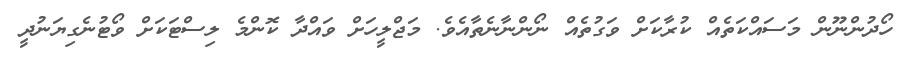
ހޯދުންނޫން މަސައްކަތެއް ކުރާކަށް ވަގުތެއް ނޯންނާނެތާއެވެ. މަޖްލީހަށް ވައްދާ ކޮންމެ ލިސްޓަކަށް ވޯޓުނެގިޔަނުދީ